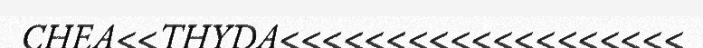
CHEA<<THYDA<<<<<<<<<<<<<<<<<<<